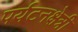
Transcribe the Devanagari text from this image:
पर्यटनक्षेत्री